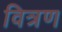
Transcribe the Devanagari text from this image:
वित्रण